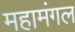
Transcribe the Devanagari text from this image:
महामंगल